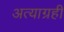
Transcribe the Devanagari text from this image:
अत्याग्रही